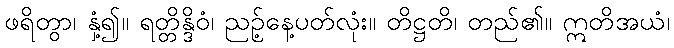
ဖရိတွာ၊ နှံ့၍။ ရတ္တိန္ဒိဝံ၊ ညဉ့်နေ့ပတ်လုံး။ တိဋ္ဌတိ၊ တည်၏။ ဣတိအယံ၊